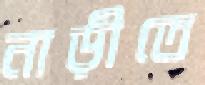
নাড়ীতে